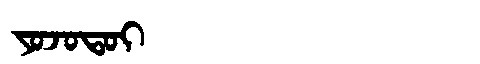
Manchu: ᠶᠣᠵᠣᡨᠣᡳ
Romanization: YOJOTOI